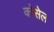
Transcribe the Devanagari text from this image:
कोसेल